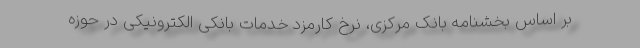
بر اساس بخشنامه بانک مرکزی، نرخ کارمزد خدمات بانکی الکترونیکی در حوزه